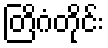
တြိဂံတိုင်း